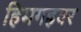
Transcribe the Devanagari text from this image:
हिमगह्रवर